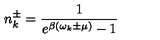
n _ { k } ^ { \pm } = \frac { 1 } { e ^ { \beta ( \omega _ { k } \pm \mu ) } - 1 }